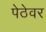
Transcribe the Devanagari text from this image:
पेठेवर